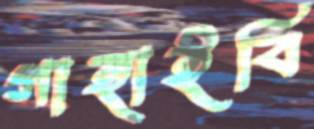
গাহাইবি